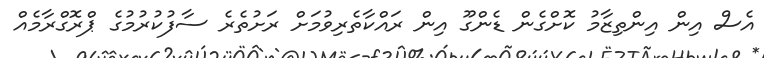
އެސް އިން އިންތިޒާމު ކޮށްގެން ޑެންގޫ އިން ރައްކާތެރިވުމަށް ރަށުތެރެ ސާފުކުރުމުގެ ޕްރޮގްރާމެއް